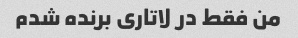
من فقط در لاتاری برنده شدم